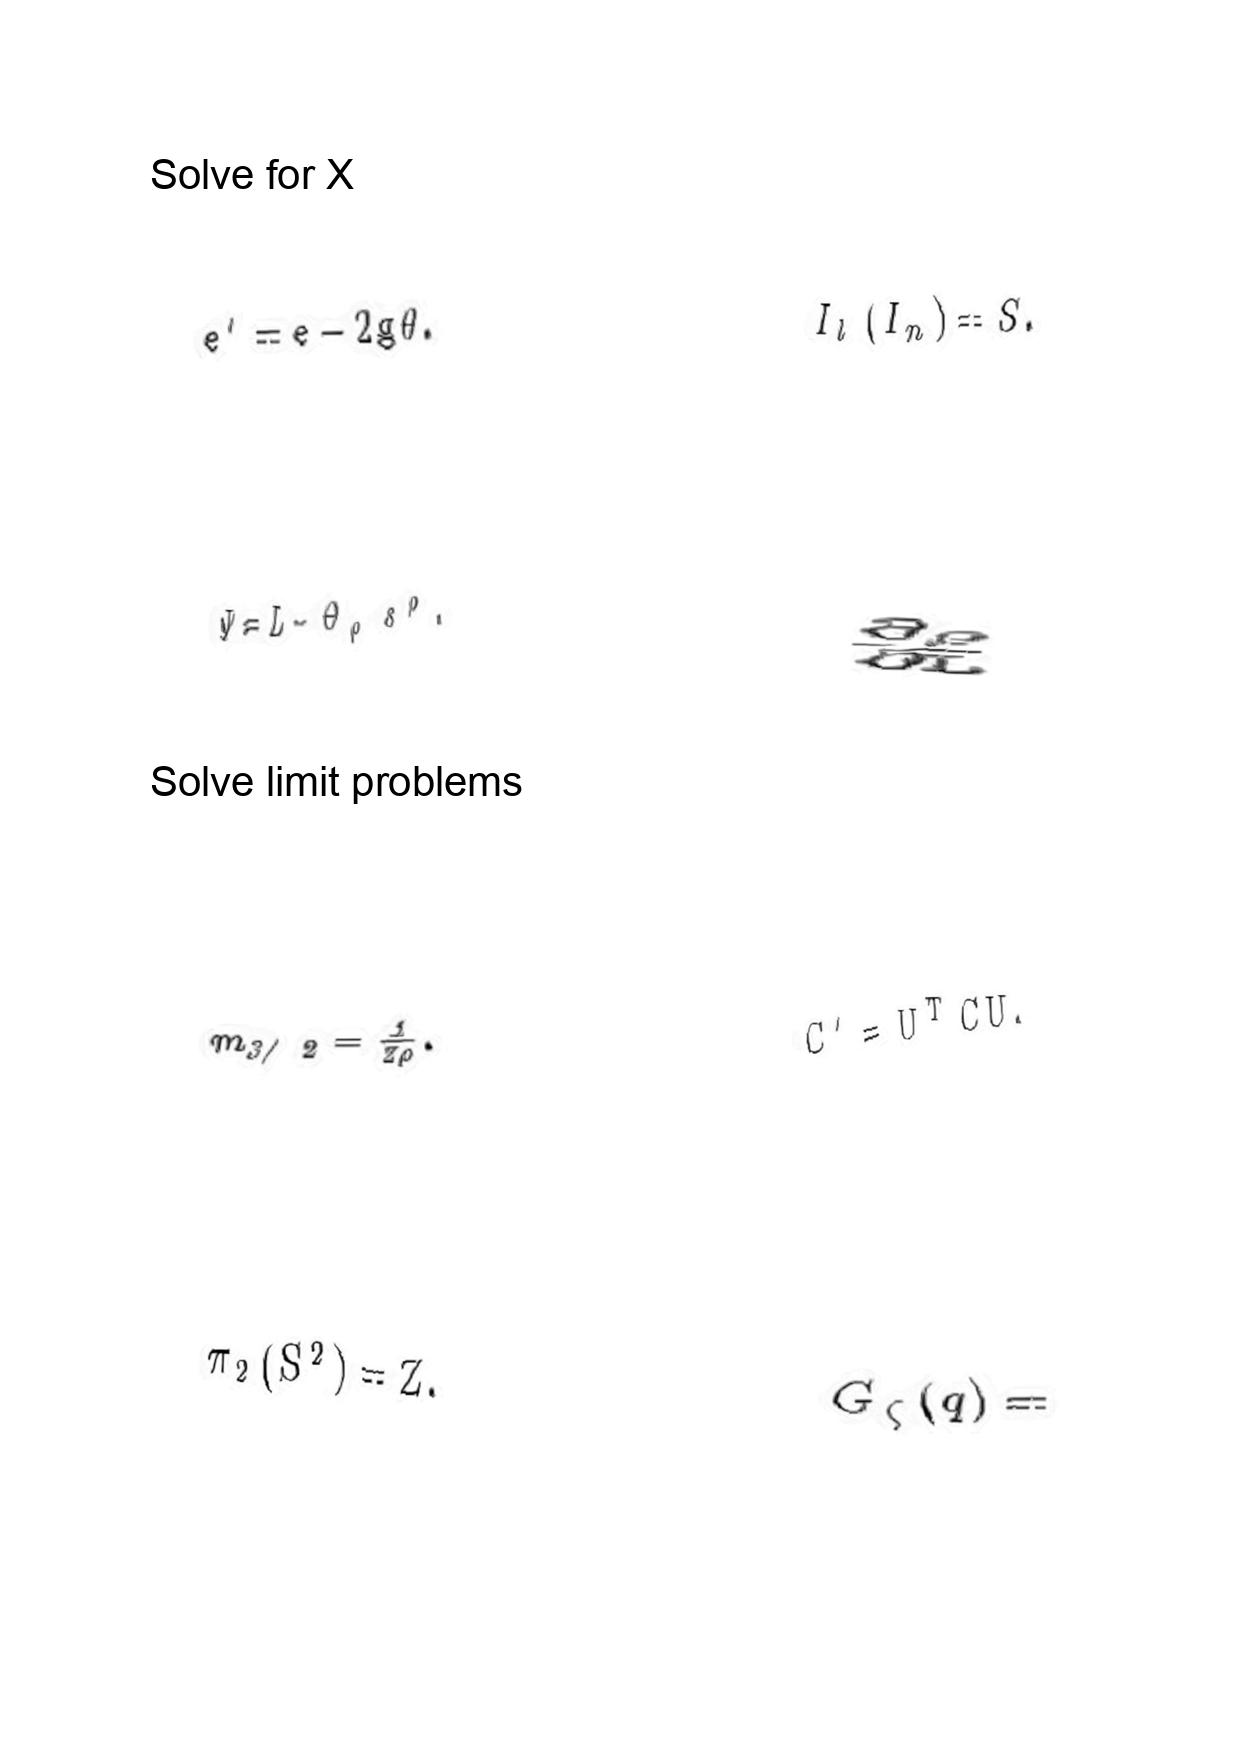
LaTeX transcription:
e ^ { \prime } = e - 2 g \theta .
\Psi = L - \Theta _ { \rho } s ^ { \rho } .
m _ { 3 / 2 } = \frac { 1 } { 2 \rho } .
\pi _ { 2 } \lparen S ^ { 2 } \rparen = Z .
I _ { l } \lparen I _ { n } \rparen = S .
\frac { \partial \rho } { \partial L }
C ^ { \prime } = U ^ { T } C U .
G _ { \zeta } \lparen q \rparen =